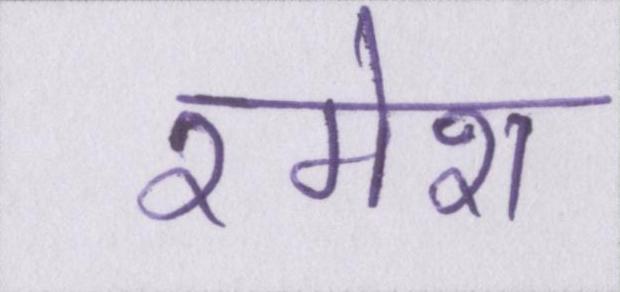
रमेश